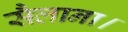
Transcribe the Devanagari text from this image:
सैलाना।